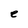
Character: e